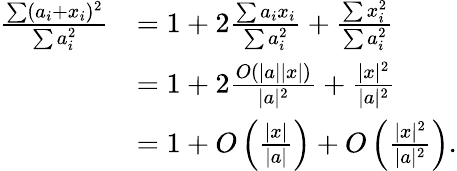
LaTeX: \begin{array}{rl}{\frac{\sum(a_{i}+x_{i})^{2}}{\sum a_{i}^{2}}}&{=1+2\frac{\sum a_{i}x_{i}}{\sum a_{i}^{2}}+\frac{\sum x_{i}^{2}}{\sum a_{i}^{2}}}\\ &{=1+2\frac{O(|a||x|)}{|a|^{2}}+\frac{|x|^{2}}{|a|^{2}}}\\ &{=1+O\left(\frac{|x|}{|a|}\right)+O\left(\frac{|x|^{2}}{|a|^{2}}\right).}\end{array}